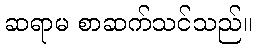
ဆရာမ စာဆက်သင်သည်။